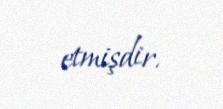
etmişdir.